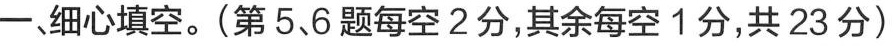
一、细心填空。(第 5、6 题每空 2 分，其余每空 1 分，共 23 分)